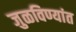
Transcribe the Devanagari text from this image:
जुळविण्यांत